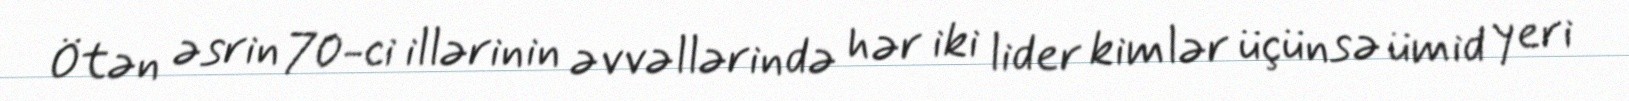
Ötən əsrin 70-ci illərinin əvvəllərində hər iki lider kimlər üçünsə ümid yeri